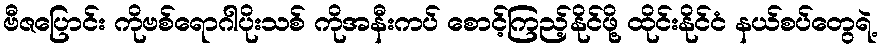
ဗီဇပြောင်း ကိုဗစ်ရောဂါပိုးသစ် ကိုအနီးကပ် စောင့်ကြည့်နိုင်ဖို့ ထိုင်းနိုင်ငံ နယ်စပ်တွေရဲ့